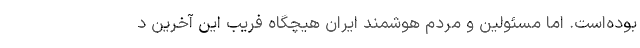
بوده‌است. اما مسئولین و مردم هوشمند ایران هیچگاه فریب این آخرین د